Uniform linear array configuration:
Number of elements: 64
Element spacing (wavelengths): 0.5
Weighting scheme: hamming
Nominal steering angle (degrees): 0
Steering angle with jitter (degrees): -1.011
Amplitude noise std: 0.05
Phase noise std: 0.05

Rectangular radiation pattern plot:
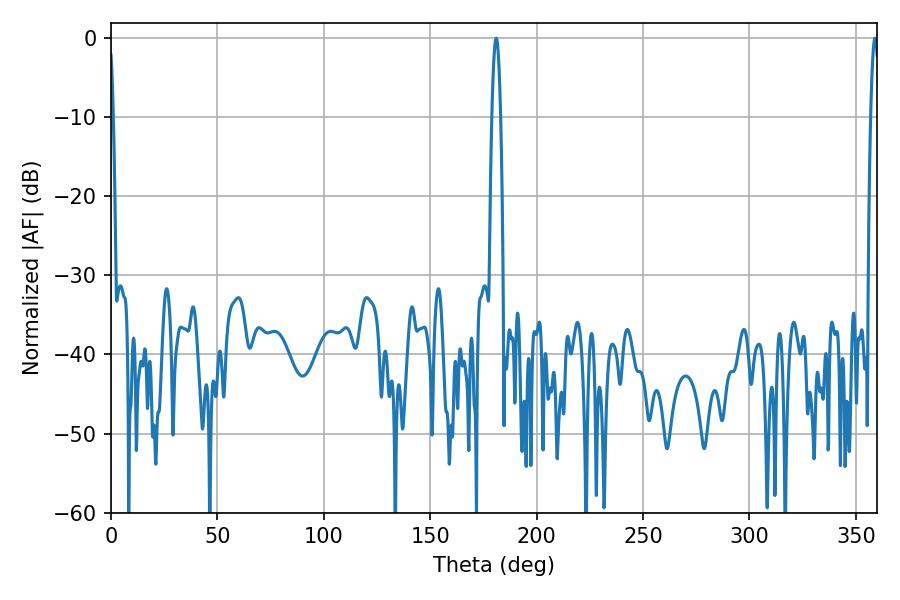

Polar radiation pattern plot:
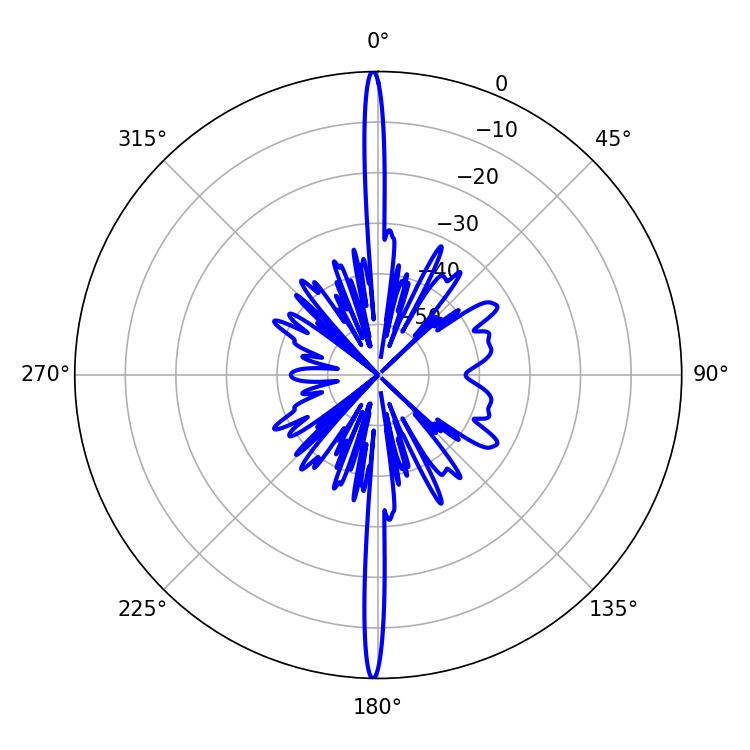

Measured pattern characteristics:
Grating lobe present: FALSE
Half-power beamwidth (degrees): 2.34
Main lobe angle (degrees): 181.08